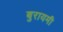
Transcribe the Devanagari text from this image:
बुरायमी